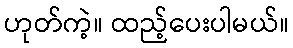
ဟုတ်ကဲ့။ ထည့်ပေးပါမယ်။